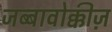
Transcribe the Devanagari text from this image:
जब्बावोक्कीज़